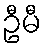
ဦမီ